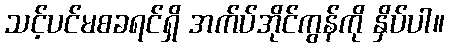
သင့်ပင်မစခရင်ရှိ အက်ပ်အိုင်ကွန်ကို နှိပ်ပါ။